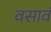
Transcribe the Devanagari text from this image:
वसावं